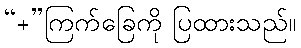
“+”ကြက်ခြေကို ပြထားသည်။